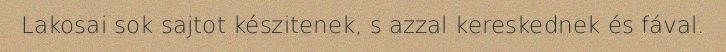
Lakosai sok sajtot készitenek, s azzal kereskednek és fával.